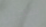
سجين